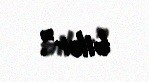
bilər”.